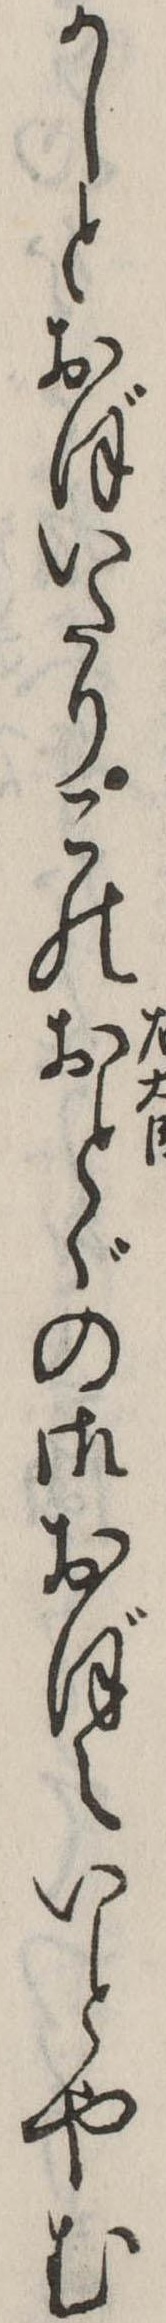
かしとおぼいたりこのおとゞの御おぼえいとやむ